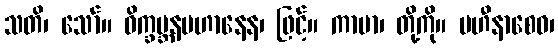
သတိ၊ သော်။ ဝိက္ခမ္ဘနပဟာနေန၊ ဖြင့်။ ကာမာ၊ တို့ကို။ ပဟီနာစေဝ၊